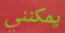
يمكنني